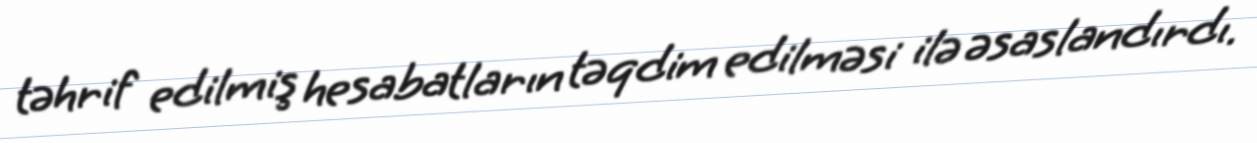
təhrif edilmiş hesabatların təqdim edilməsi ilə əsaslandırdı.